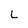
Character: L